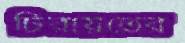
চিরায়তের